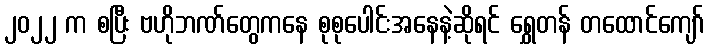
၂၀၂၂ က စပြီး ဗဟိုဘဏ်တွေကနေ စုစုပေါင်းအနေနဲ့ဆိုရင် ရွှေတန် တထောင်ကျော်